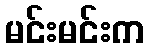
မင်းမင်းက